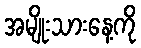
အမျိုးသားနေ့ကို